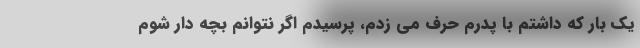
یک بار که داشتم با پدرم حرف می زدم، پرسیدم اگر نتوانم بچه دار شوم